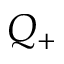
Q _ { + }